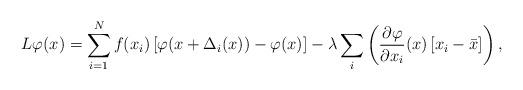
LaTeX: \begin{align*}L \varphi (x ) = \sum_{ i = 1 }^N f(x_i) \left[ \varphi (x + \Delta_i ( x) ) - \varphi (x) \right]- \lambda \sum_i \left( \frac{\partial \varphi}{\partial x_i} (x) \left[ x_i - \bar x \right] \right) ,\end{align*}